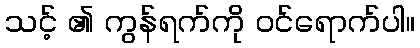
သင့် ၏ ကွန်ရက်ကို ဝင်ရောက်ပါ။